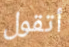
أتقول